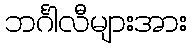
ဘင်္ဂါလီများအား